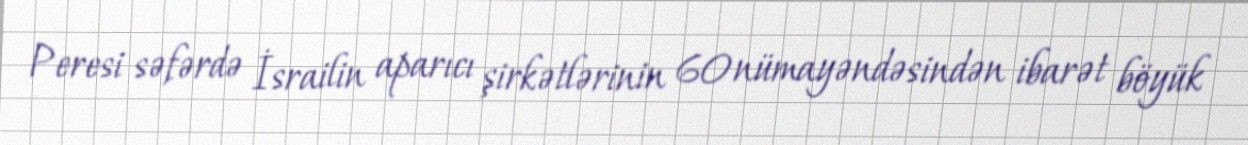
Peresi səfərdə İsrailin aparıcı şirkətlərinin 60 nümayəndəsindən ibarət böyük